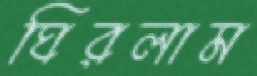
ঘিরলাম